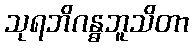
သုရဘိဂန္ဓဘူသိတာ